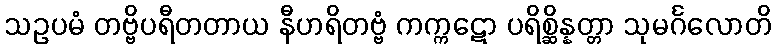
သဥပမံ တဗ္ဗိပရီတတာယ နီဟရိတဗ္ဗံ ကက္ကဋော ပရိစ္ဆိန္နတ္တာ သုမင်္ဂလောတိ